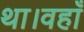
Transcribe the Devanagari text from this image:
था।वहाँ